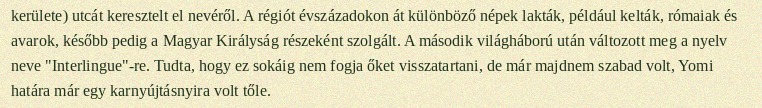
kerülete) utcát keresztelt el nevéről. A régiót évszázadokon át különböző népek lakták, például kelták, rómaiak és avarok, később pedig a Magyar Királyság részeként szolgált. A második világháború után változott meg a nyelv neve "Interlingue"-re. Tudta, hogy ez sokáig nem fogja őket visszatartani, de már majdnem szabad volt, Yomi határa már egy karnyújtásnyira volt tőle.